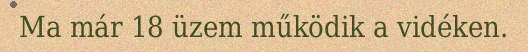
Ma már 18 üzem működik a vidéken.